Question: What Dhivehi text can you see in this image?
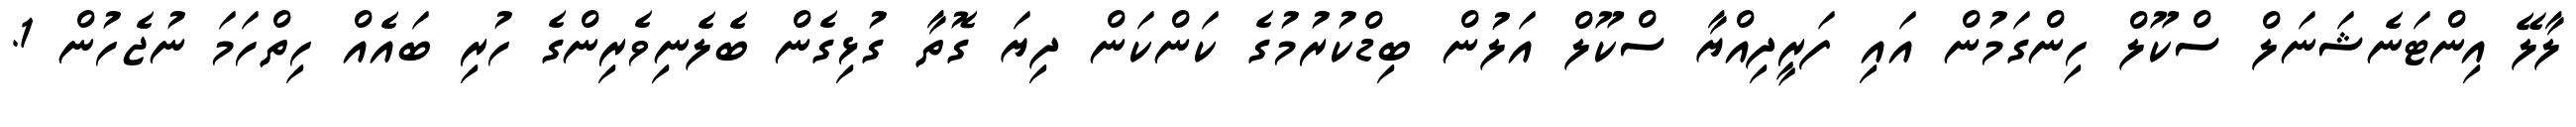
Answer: ލާލޭ އިންޓަނެޝަނަލް ސްކޫލް ހިންގަމުން އައި ފަރީދިއްޔާ ސްކޫލް އަލުން ބިޑްކުރުމުގެ ކަންކަން ދިޔަ ގޮތާ ގުޅިގެން ބެލެނިވެރިންގެ ހުރި ބައެއް ހިތްހަމަ ނުޖެހުން 1.